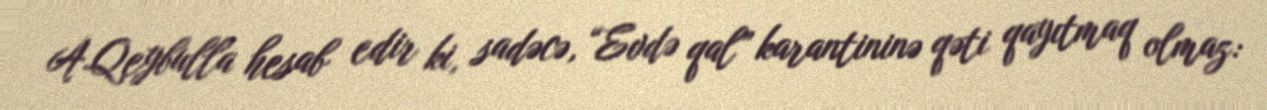
A.Qeybulla hesab edir ki, sadəcə, “Evdə qal” karantininə qəti qayıtmaq olmaz: